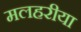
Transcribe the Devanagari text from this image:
मलहरीया